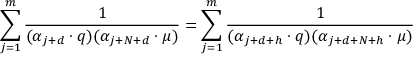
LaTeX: \sum _ { j = 1 } ^ { m } { \frac { 1 } { ( \alpha _ { j + d } \cdot q ) ( \alpha _ { j + N + d } \cdot \mu ) } } = \sum _ { j = 1 } ^ { m } { \frac { 1 } { ( \alpha _ { j + d + h } \cdot q ) ( \alpha _ { j + d + N + h } \cdot \mu ) } }